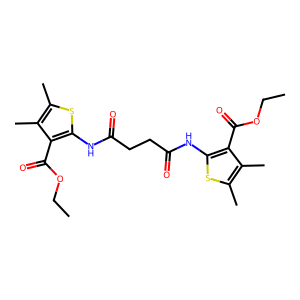
SMILES: CCOC(=O)c1c(NC(=O)CCC(=O)Nc2sc(C)c(C)c2C(=O)OCC)sc(C)c1C
Inhibits HIV replication: No